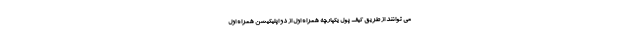
می توانند از طریق کیف پول یکپارچه همراه اول از دو اپلیکیشن همراه اول